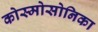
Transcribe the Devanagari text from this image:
कोस्मोसोनिका